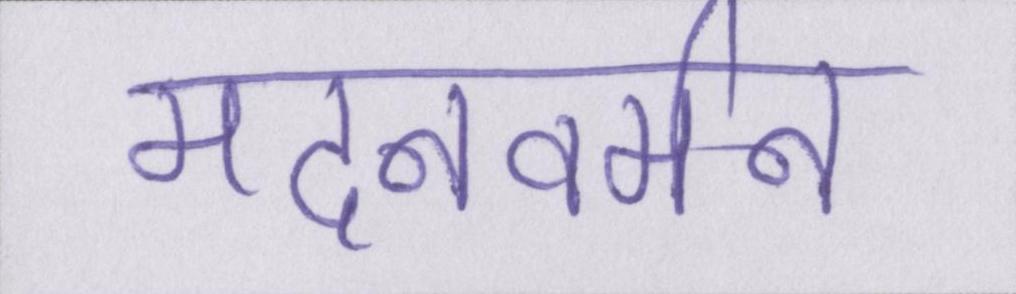
मदनवर्मन